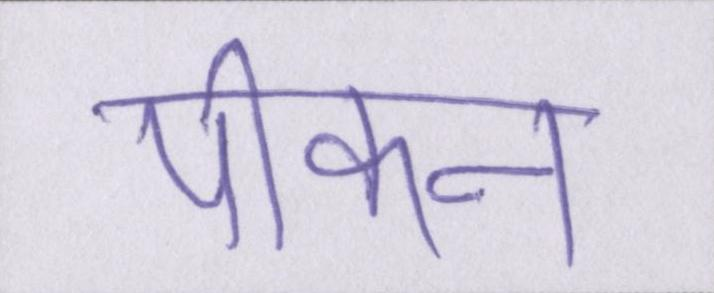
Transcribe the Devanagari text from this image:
पीकन